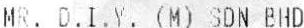
MR. D.I.Y. (M) SDN BHD